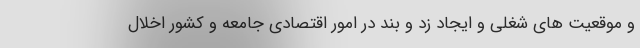
و موقعیت های شغلی و ایجاد زد و بند در امور اقتصادی جامعه و کشور اخلال